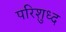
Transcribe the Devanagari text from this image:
परिशुध्द